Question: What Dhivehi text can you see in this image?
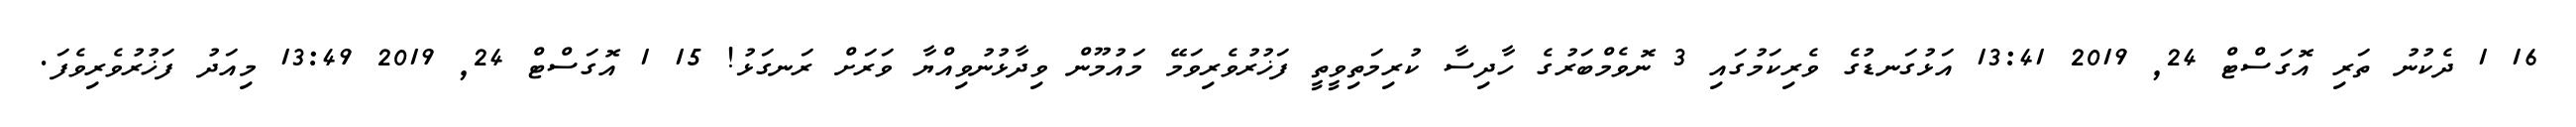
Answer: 16 1 ދެކުނު ތަރި އޮގަސްޓް 24, 2019 13:41 އަޅުގަނޑުގެ ވެރިކަމުގައި 3 ނޮވެމްބަރުގެ ހާދިސާ ކުރިމަތިވީތީ ފަޚުރުވެރިވަމޭ މައުމޫން ވިދާޅުނުވިއްޔާ ވަރަށް ރަނގަޅު! 15 1 އޮގަސްޓް 24, 2019 13:49 މިއަދު ފަޚުރުވެރިވެފަ.